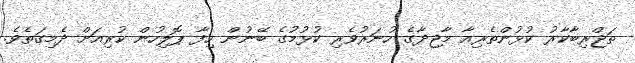
ތަޖްރިބާކާރު ކުޅުންތެރިއާ މާޖިދާގެ ހުނަރުވެރި ކުޅުމުގެ ބޭނުން ހިފާ ޕޮލިހުން ކުރިއަށް ދެމިގަތެވެ.